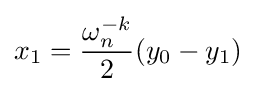
x_{1}={\frac {\omega _{n}^{-k}}{2}}(y_{0}-y_{1})